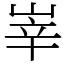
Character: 峷